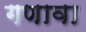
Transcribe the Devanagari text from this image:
गणावा